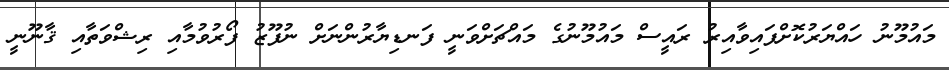
މައުމޫނު ހައްޔަރުކޮށްފައިވާއިރު ރައީސް މައުމޫނުގެ މައްޗަށްވަނީ ފަނޑިޔާރުންނަށް ނުފޫޒު ފޯރުވުމާއި ރިޝްވަތާއި ޤާނޫނީ